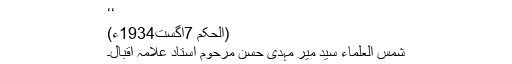
‘‘
(الحکم 7اگست1934ء)
شمس العلماء سید میر مہدی حسن مرحوم استاد علامہ اقبال۔